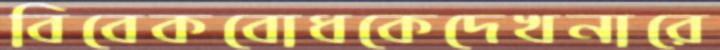
বিবেকবোধকেদেখনারে